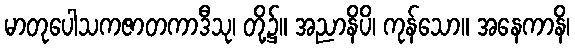
မာတုပေါသကဇာတကာဒီသု၊ တို့၌။ အညာနိပိ၊ ကုန်သော။ အနေကာနိ၊